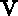
\ensuremath { \mathrm { ~ \boldmath ~ v ~ } }